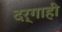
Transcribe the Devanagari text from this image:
दर्गाही